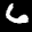
Label: 6